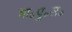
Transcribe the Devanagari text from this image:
भा॰पु॰स॰